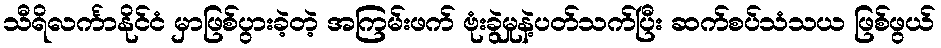
သီရိလင်္ကာနိုင်ငံ မှာဖြစ်ပွားခဲ့တဲ့ အကြမ်းဖက် ဗုံးခွဲမှုနဲ့ပတ်သက်ပြီး ဆက်စပ်သံသယ ဖြစ်ဖွယ်